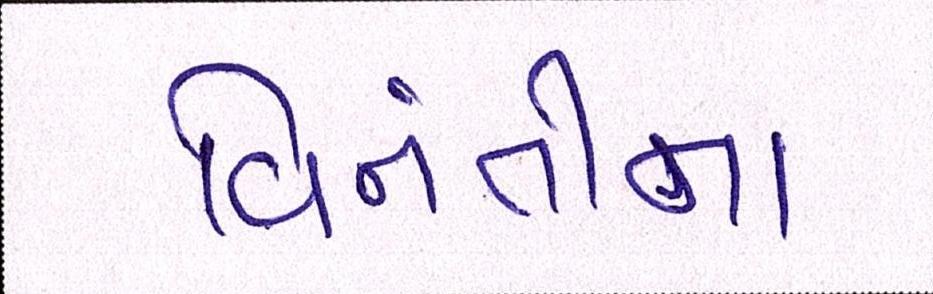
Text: વિનંતીના